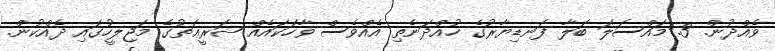
ވެއްދުން. 3.	މައްސަލަ ބަލާ ފަނޑިޔާރުގެ ހުއްދަނެތި އެއްވެސް ވާހަކައެއް ޝަރީޢަތުގެ މަޖިލީހުގައި ދެއްކުން.